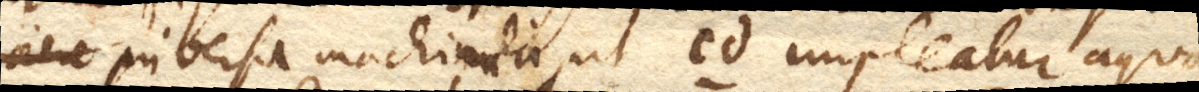
aere inversa machinula, ut cd. impleatur aqua,